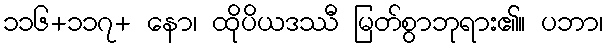
၁၁၆+၁၁၇+ နော၊ ထိုပိယဒဿီ မြတ်စွာဘုရား၏။ ပဘာ၊